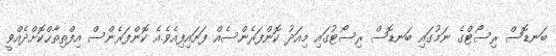
ބަނޑޮސް ރިސޯޓްގެ ނަމުގައި ބަނޑޮސް ރިސޯޓުގައި މިއަދު ކޮންފަރެންސެއް ފަށައިފިއެވެ.އެ ކޮންފަރެންސް އިފްތިތާޙްކޮށްދެއްވީ